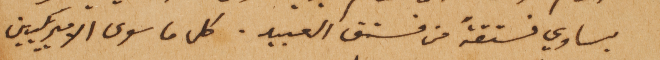
يساوي فستقةٌ من فستق العبيد. كل ما سوى الاميريكيين